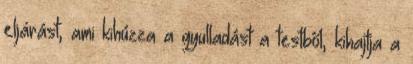
eljárást, ami kihúzza a gyulladást a testből, kihajtja a